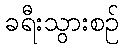
ခရီးသွားစဉ်